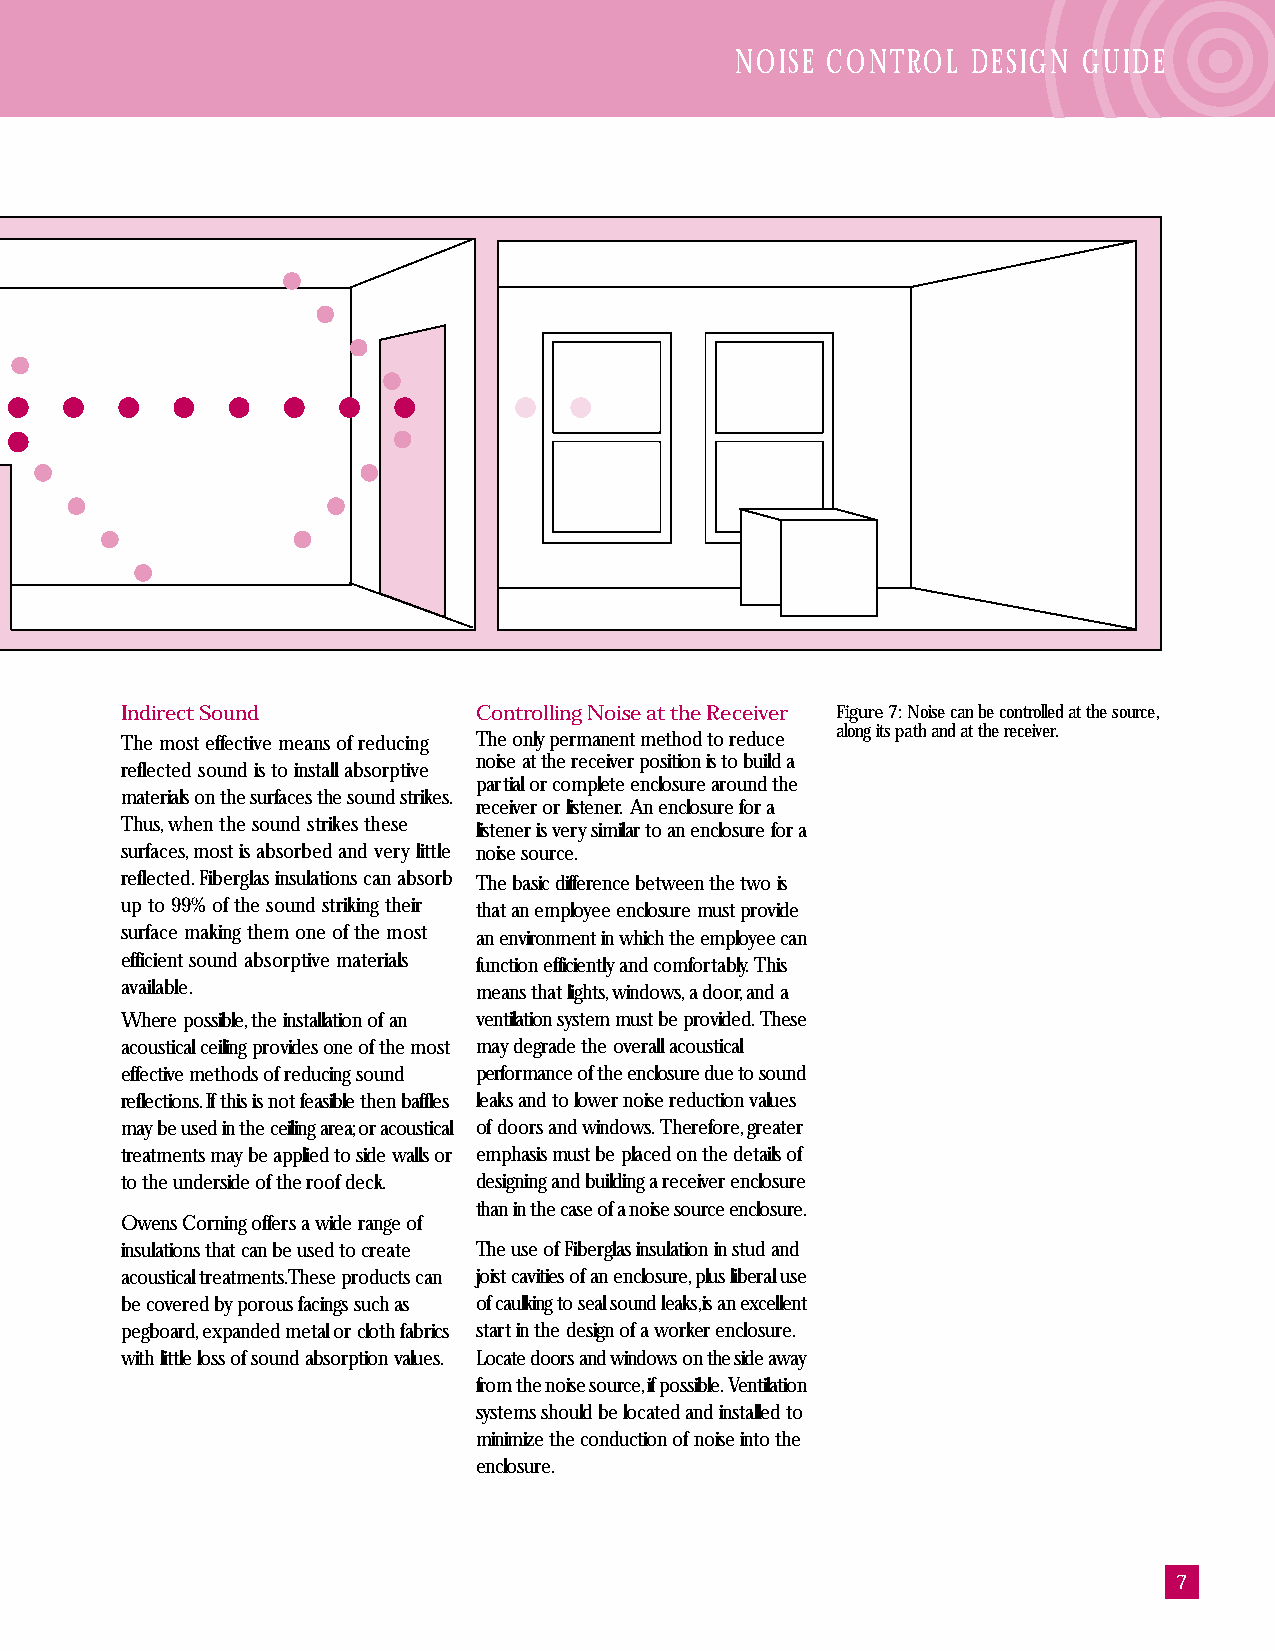
NOISE CONTROL  DESIGN  GUIDE
 Indirect Sound         Controlling Noise at the Receiver Figure 7: Noise can be controlled at the source,
 along its path and at the receiver.
 The most effective means of reducing The only permanent method to reduce
 noise at the receiver position is to build a
 reflected sound is to install absorptive
 partial or complete enclosure around the
 materials on the surfaces the sound strikes.
 receiver or listener. An enclosure for a
 Thus, when the sound strikes these
 listener is very similar to an enclosure for a
 surfaces, most is absorbed and very little noise source.
 reflected. Fiberglas insulations can absorb The basic difference between the two is
 up to 99% of the sound striking their that an employee enclosure must provide
 surface making them one of the most an environment in which the employee can
 efficient sound absorptive materials function efficiently and comfortably. This
 available.             means that lights, windows, a door, and a
 Where possible, the installation of an ventilation system must be provided. These
 acoustical ceiling provides one of the most may degrade the overall acoustical
 effective methods of reducing sound performance of the enclosure due to sound
 reflections. If this is not feasible then baffles leaks and to lower noise reduction values
 may be used in the ceiling area; or acoustical of doors and windows. Therefore, greater
 treatments may be applied to side walls or emphasis must be placed on the details of
 to the underside of the roof deck. designing and building a receiver enclosure
 than in the case of a noise source enclosure.
 Owens Corning offers a wide range of
 insulations that can be used to create The use of Fiberglas insulation in stud and
 acoustical treatments. These products can joist cavities of an enclosure, plus liberal use
 be covered by porous facings such as of caulking to seal sound leaks, is an excellent
 pegboard, expanded metal or cloth fabrics start in the design of a worker enclosure.
 with little loss of sound absorption values. Locate doors and windows on the side away
 from the noise source, if possible. Ventilation
 systems should be located and installed to
 minimize the conduction of noise into the
 enclosure.
 7